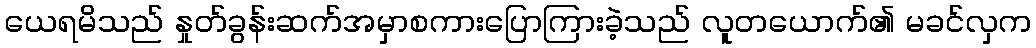
ယေရမိသည် နှုတ်ခွန်းဆက်အမှာစကားပြောကြားခဲ့သည် လူတယောက်၏ မခင်လှက